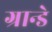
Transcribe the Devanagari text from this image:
ग्रान्डे